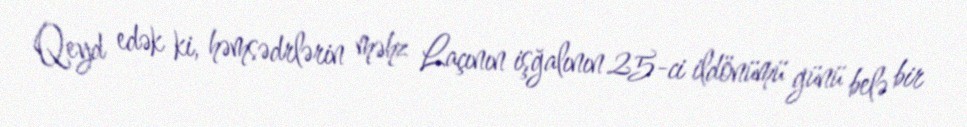
Qeyd edək ki, həmsədrlərin məhz Laçının işğalının 25-ci ildönümü günü belə bir